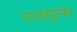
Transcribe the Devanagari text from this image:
एलाइन्स